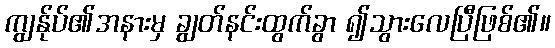
ကျွန်ုပ်၏အနားမှ ချွတ်နင်းထွက်ခွာ ၍သွားလေပြီဖြစ်၏။